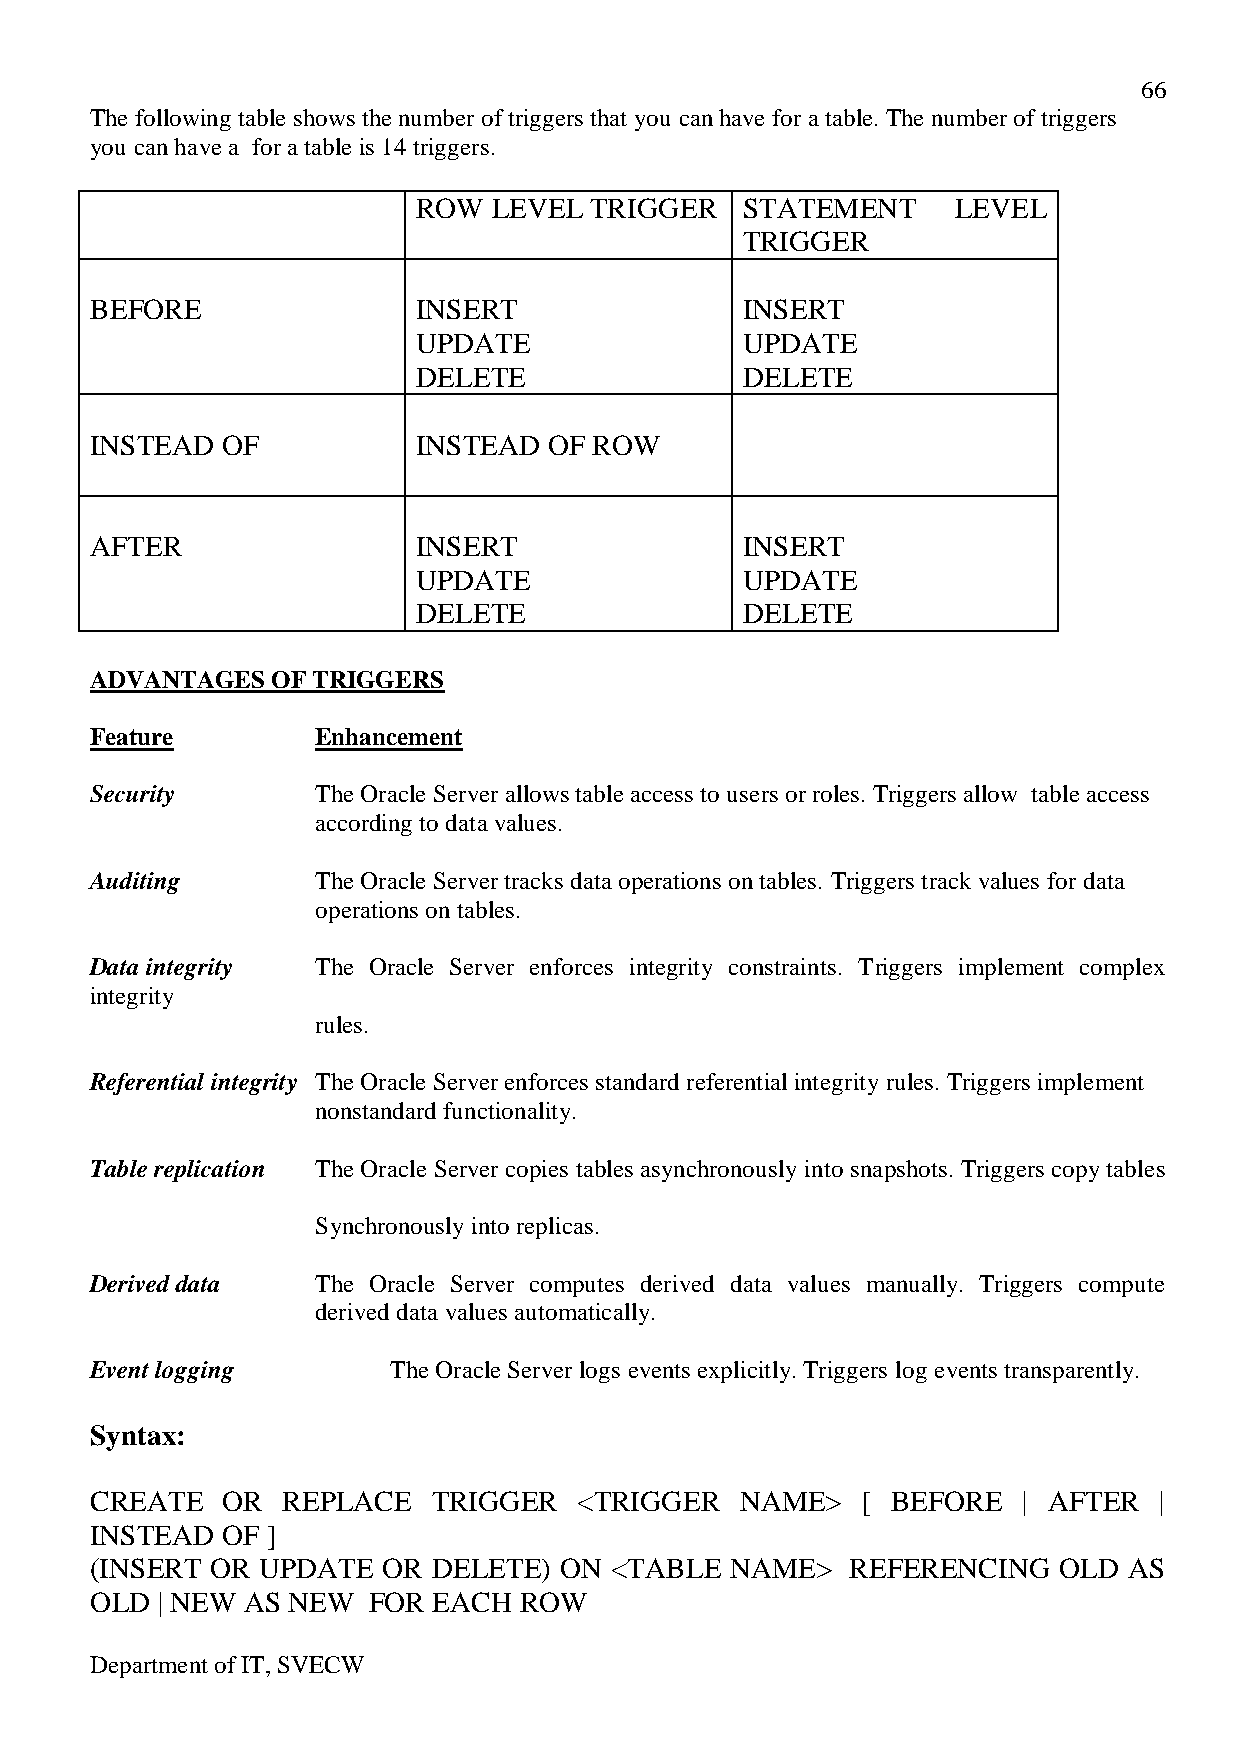
66
 The following table shows the number of triggers that you can have for a table. The number of triggers
 you can have a for a table is 14 triggers.
 ROW  LEVEL TRIGGER   STATEMENT     LEVEL
 TRIGGER
 BEFORE                INSERT               INSERT
 UPDATE               UPDATE
 DELETE               DELETE
 INSTEAD  OF           INSTEAD OF ROW
 AFTER                 INSERT               INSERT
 UPDATE               UPDATE
 DELETE               DELETE
 ADVANTAGES  OF TRIGGERS
 Feature        Enhancement
 Security       The Oracle Server allows table access to users or roles. Triggers allow table access
 according to data values.
 Auditing       The Oracle Server tracks data operations on tables. Triggers track values for data
 operations on tables.
 Data integrity The Oracle Server enforces integrity constraints. Triggers implement complex
 integrity
 rules.
 Referential integrity The Oracle Server enforces standard referential integrity rules. Triggers implement
 nonstandard functionality.
 Table replication The Oracle Server copies tables asynchronously into snapshots. Triggers copy tables
 Synchronously into replicas.
 Derived data   The Oracle Server computes derived data values manually. Triggers compute
 derived data values automatically.
 Event logging       The Oracle Server logs events explicitly. Triggers log events transparently.
 Syntax:
 CREATE   OR  REPLACE   TRIGGER  <TRIGGER   NAME>   [ BEFORE   | AFTER  |
 INSTEAD  OF ]
 (INSERT OR UPDATE  OR  DELETE) ON <TABLE  NAME>   REFERENCING   OLD  AS
 OLD | NEW AS NEW  FOR  EACH ROW
 Department of IT, SVECW